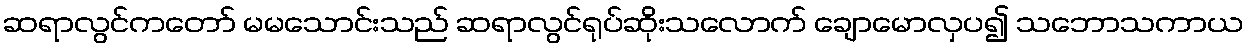
ဆရာလွင်ကတော် မမသောင်းသည် ဆရာလွင်ရုပ်ဆိုးသလောက် ချောမောလှပ၍ သဘောသကာယ